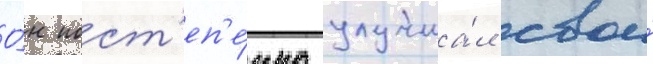
О́н пост'еп'е́нно улучша́л свои́